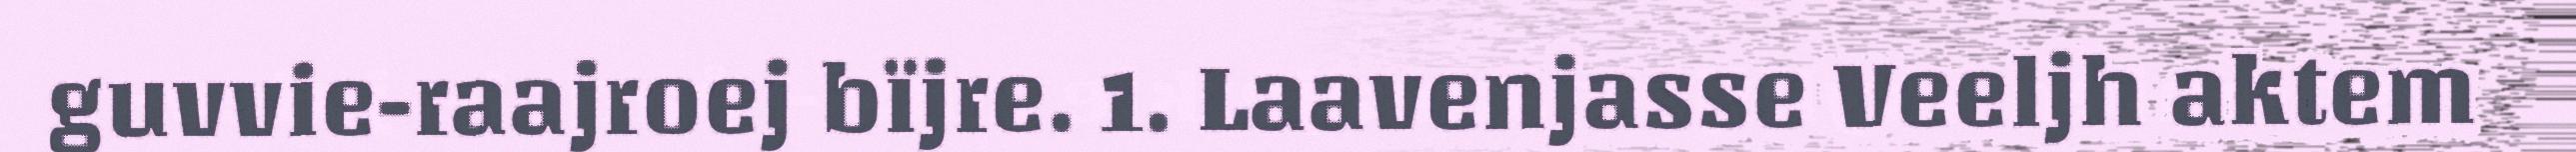
guvvie-raajroej bïjre. 1. Laavenjasse Veeljh aktem